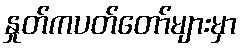
နှုတ်ကပတ်တော်များမှာ